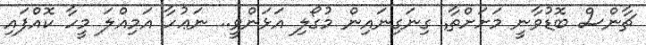
ޗާންސް ބޮޑުވާނީ މަށަށްތާ